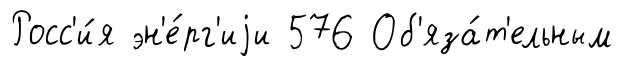
Росс'и́я эн'е́рг'иjи 576 Об'яза́т'ельным